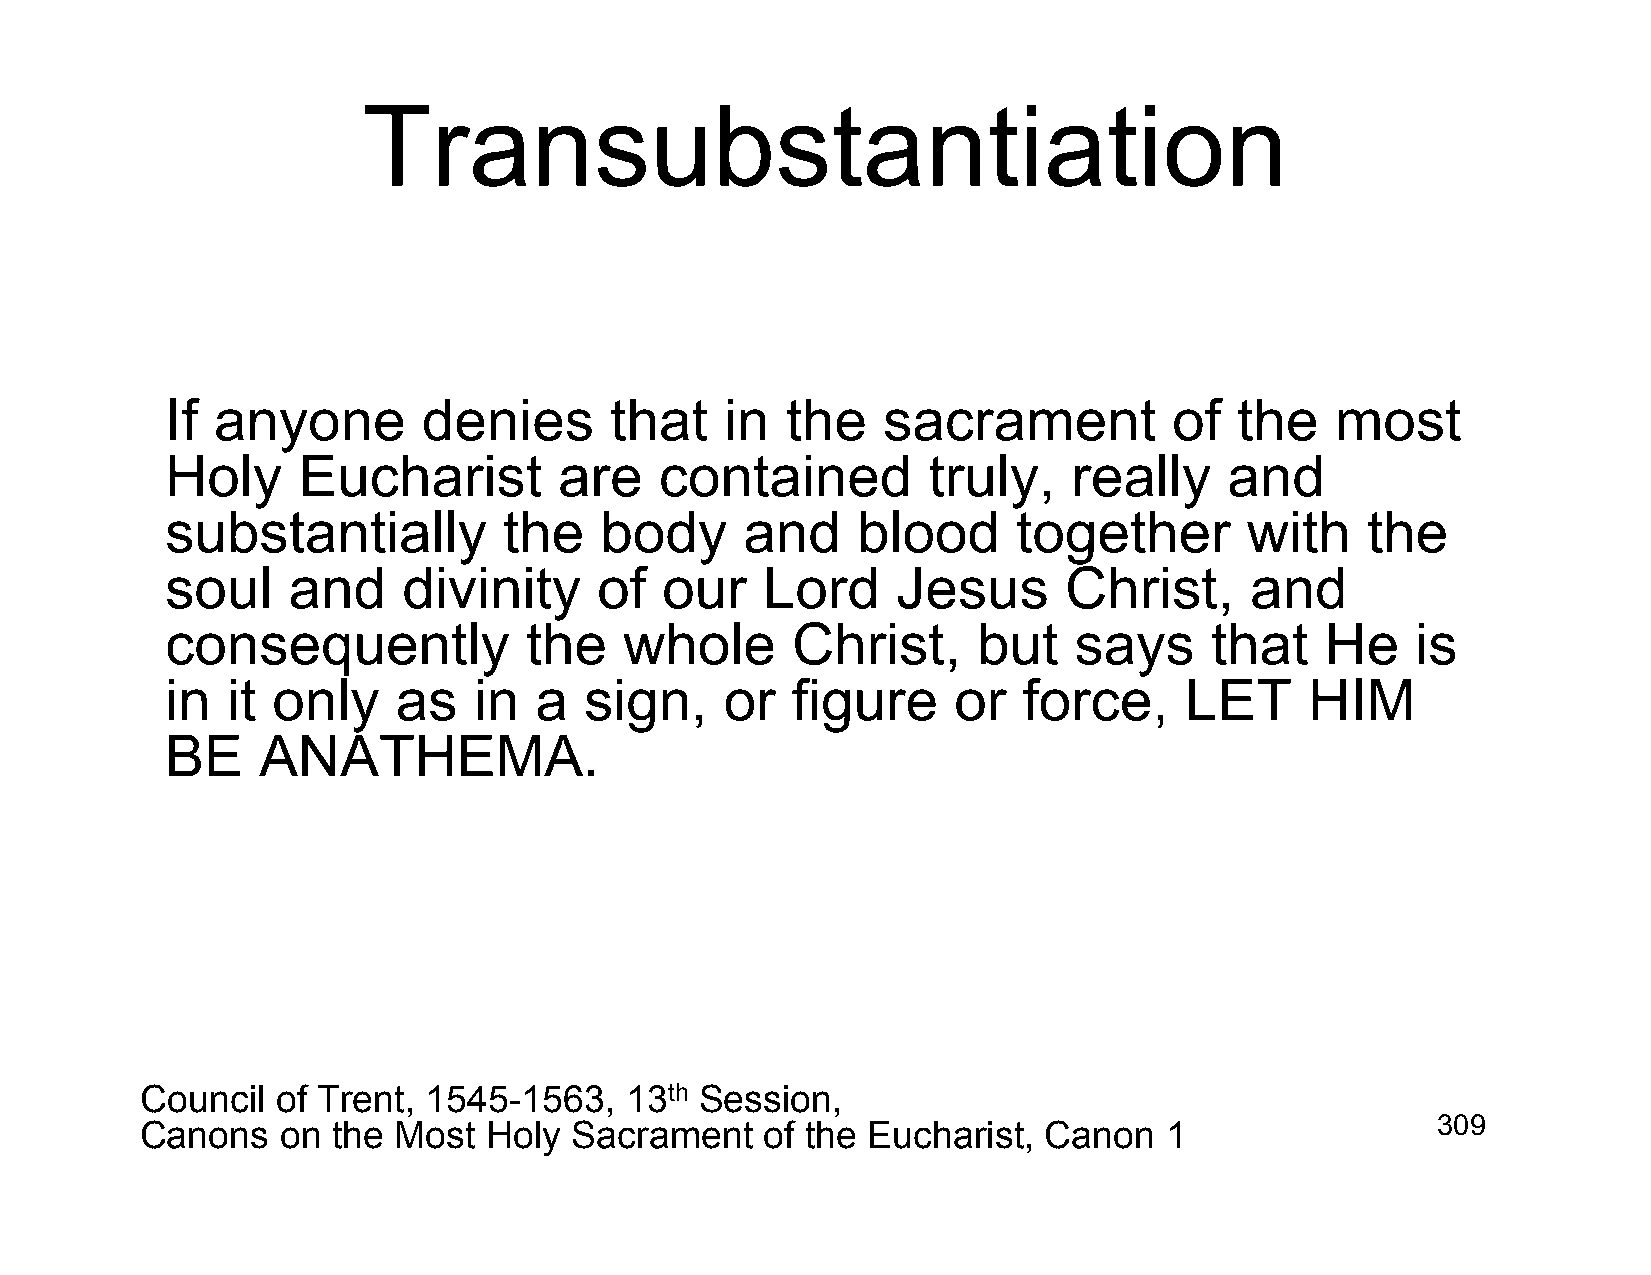
Transubstantiation
 If anyone        denies      that    in  the   sacrament           of  the   most
 Holy     Eucharist        are    contained        truly,    really    and
 substantially         the    body     and     blood     together        with   the
 soul    and     divinity     of  our   Lord     Jesus      Christ,      and
 consequently            the   whole      Christ,      but   says     that    He    is
 in  it only    as   in  a   sign,    or  figure     or   force,    LET      HIM
 BE    ANATHEMA.
 Council  of Trent, 1545-1563,   13th Session,
 Canons    on the Most  Holy  Sacrament    of the Eucharist, Canon   1                 309